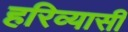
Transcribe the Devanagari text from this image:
हरिव्यासी